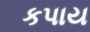
કપાય